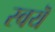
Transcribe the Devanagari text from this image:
स्वयॆ